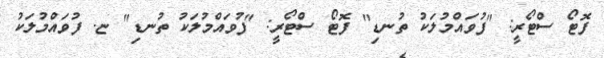
ފޮޓޯ ސްޓޯރީ: "ފުވައްމުލަކު ތުނޑި" ފޮޓޯ ސްޓޯރީ: "ފުވައްމުލަކު ތުނޑި" ޏ. ފުވައްމުލަކު